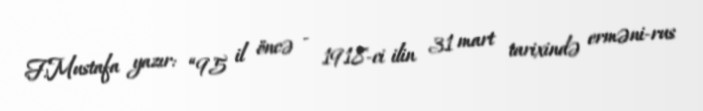
F.Mustafa yazır: “95 il öncə - 1918-ci ilin 31 mart tarixində erməni-rus